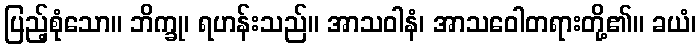
ပြည့်စုံသော။ ဘိက္ခု၊ ရဟန်းသည်။ အာသဝါနံ၊ အာသဝေါတရားတို့၏။ ခယံ၊